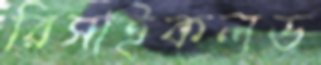
রিসাইকলড